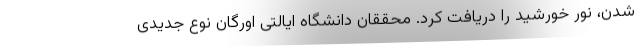
شدن، نور خورشید را دریافت کرد. محققان دانشگاه ایالتی اورگان نوع جدیدی